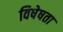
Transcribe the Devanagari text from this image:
विषेषता